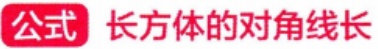
公式：长方体的对角线长